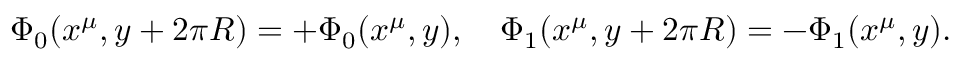
\Phi _ { 0 } ( x ^ { \mu } , y + 2 \pi R ) = + \Phi _ { 0 } ( x ^ { \mu } , y ) , \quad \Phi _ { 1 } ( x ^ { \mu } , y + 2 \pi R ) = - \Phi _ { 1 } ( x ^ { \mu } , y ) .